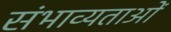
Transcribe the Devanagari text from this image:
संभाव्यताओं